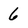
Character: 6